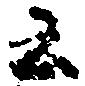
云